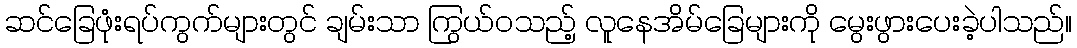
ဆင်ခြေဖုံးရပ်ကွက်များတွင် ချမ်းသာ ကြွယ်ဝသည့် လူနေအိမ်ခြေများကို မွေးဖွားပေးခဲ့ပါသည်။